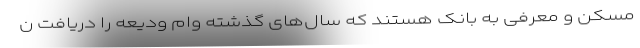
مسکن و معرفی به بانک هستند که سال‌های گذشته وام ودیعه را دریافت ن